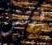
فينش